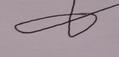
Signature authenticity: forged